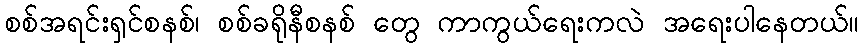
စစ်အရင်းရှင်စနစ်၊ စစ်ခရိုနီစနစ် တွေ ကာကွယ်ရေးကလဲ အရေးပါနေတယ်။